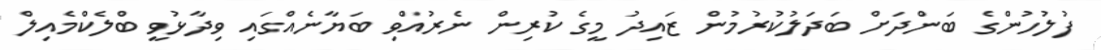
ފުލުހުންގެ ބަންދަށް ބަދަލުކުރުމުން ޒައިދު މީގެ ކުރިން ނެރުއްވި ބަޔާނެއްގައި ވިދާޅުވީ ބްލެކްމެއިލް